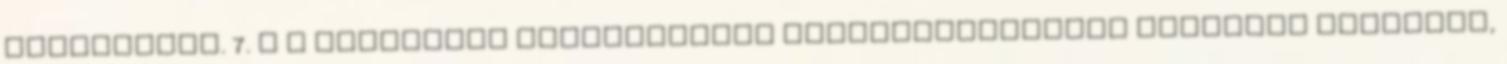
szabályait. 7. § A választás szavazólapok felhasználásával titkosan történik,